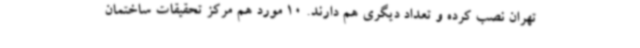
تهران نصب کرده و تعداد دیگری هم دارند. 10 مورد هم مرکز تحقیقات ساختمان